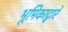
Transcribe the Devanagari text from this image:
भूमिकाद्वारे